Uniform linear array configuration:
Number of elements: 8
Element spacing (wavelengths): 0.75
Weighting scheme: hann
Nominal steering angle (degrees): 30
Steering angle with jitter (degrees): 28.813
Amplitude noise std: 0.05
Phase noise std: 0.05

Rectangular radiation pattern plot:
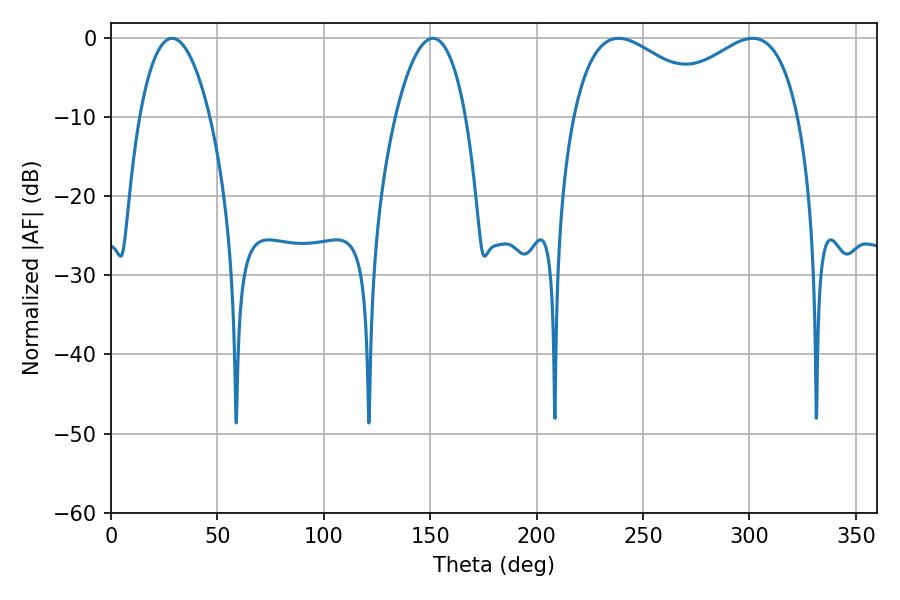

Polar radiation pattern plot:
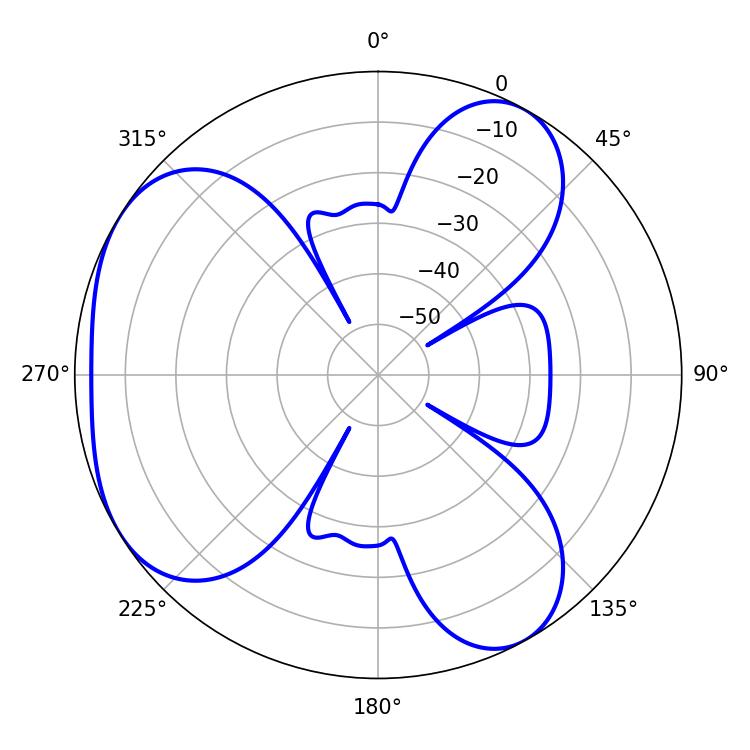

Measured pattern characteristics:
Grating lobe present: TRUE
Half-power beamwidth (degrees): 38.16
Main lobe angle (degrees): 238.5